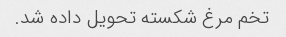
تخم مرغ شکسته تحویل داده شد.